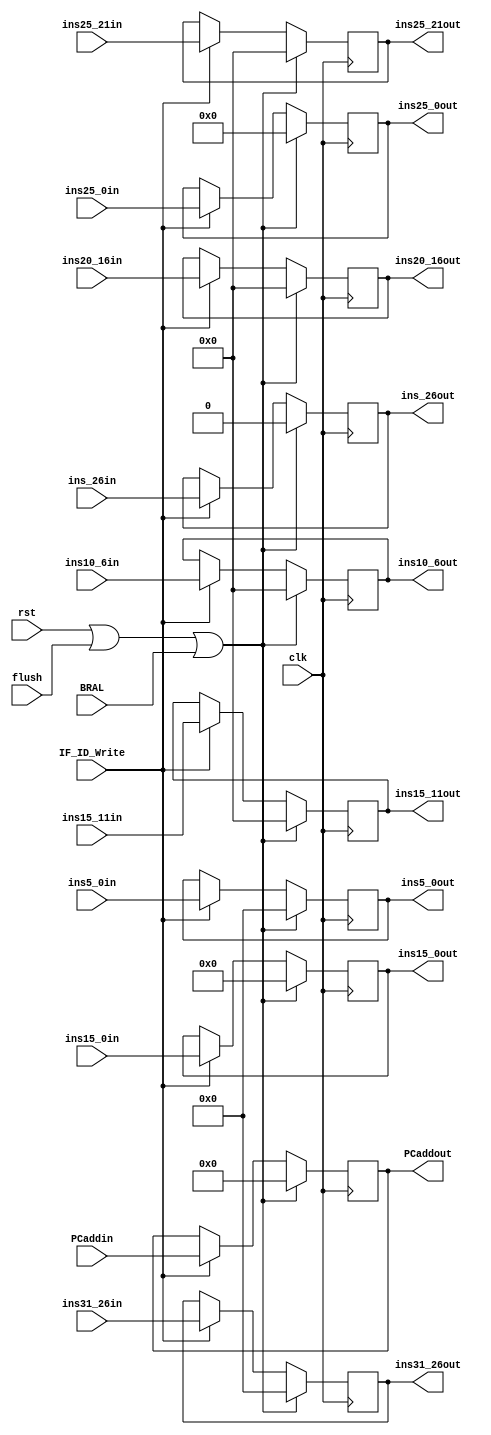
module IF_ID_reg(IF_ID_Write,PCaddin,clk,PCaddout,rst,ins5_0in,ins5_0out,ins31_26in,ins31_26out,ins25_21in,ins25_21out,ins20_16in,ins20_16out,
ins15_11in,ins15_11out,ins25_0in,ins25_0out,ins10_6in,ins10_6out,ins15_0in,ins15_0out,flush,ins_26in,ins_26out,BRAL);
input [31:0]PCaddin;
input [5:0] ins5_0in,ins31_26in;
input [4:0] ins25_21in,ins20_16in,ins15_11in,ins10_6in;
input [25:0] ins25_0in;
input [15:0] ins15_0in;
output reg [5:0] ins31_26out,ins5_0out;
output reg [4:0] ins25_21out,ins20_16out,ins15_11out,ins10_6out;
output reg [25:0] ins25_0out;
output reg [15:0] ins15_0out;
input IF_ID_Write,clk,rst,flush,ins_26in,BRAL;
output reg [31:0] PCaddout;
output reg ins_26out;


always @(posedge clk) begin
if ((rst)|(flush)|(BRAL)) begin
PCaddout=32'h00000000;
ins5_0out=6'b000000;
ins31_26out=6'b000000;
ins25_21out=5'b00000;
ins20_16out=5'b00000;
ins15_11out=5'b00000;
ins10_6out=5'b00000;
ins25_0out=26'b00000000000000000000000000;
ins15_0out=16'b0000000000000000;
ins_26out=0;
end
else
if (IF_ID_Write) begin
PCaddout=PCaddin;
ins5_0out=ins5_0in;
ins31_26out=ins31_26in;
ins25_21out=ins25_21in;
ins20_16out=ins20_16in;
ins15_11out=ins15_11in;
ins10_6out=ins10_6in;
ins25_0out=ins25_0in;
ins15_0out=ins15_0in;
ins_26out=ins_26in;
end
end

endmodule